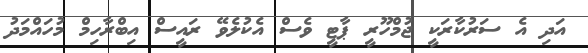
އަދި އެ ސަރުކާރަކީ ޖުމްހޫރީ ޕާޓީ ވެސް އެކުލެވޭ ރައީސް އިބްރާހިމް މުހައްމަދު